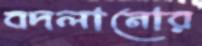
বদলানোর